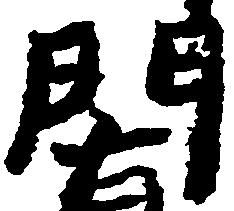
門